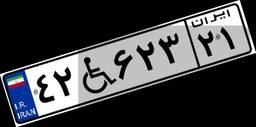
۴۲W۲۶۱۸۴